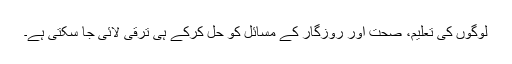
لوگوں کی تعلیم، صحت اور روزگار کے مسائل کو حل کرکے ہی ترقی لائی جا سکتی ہے۔